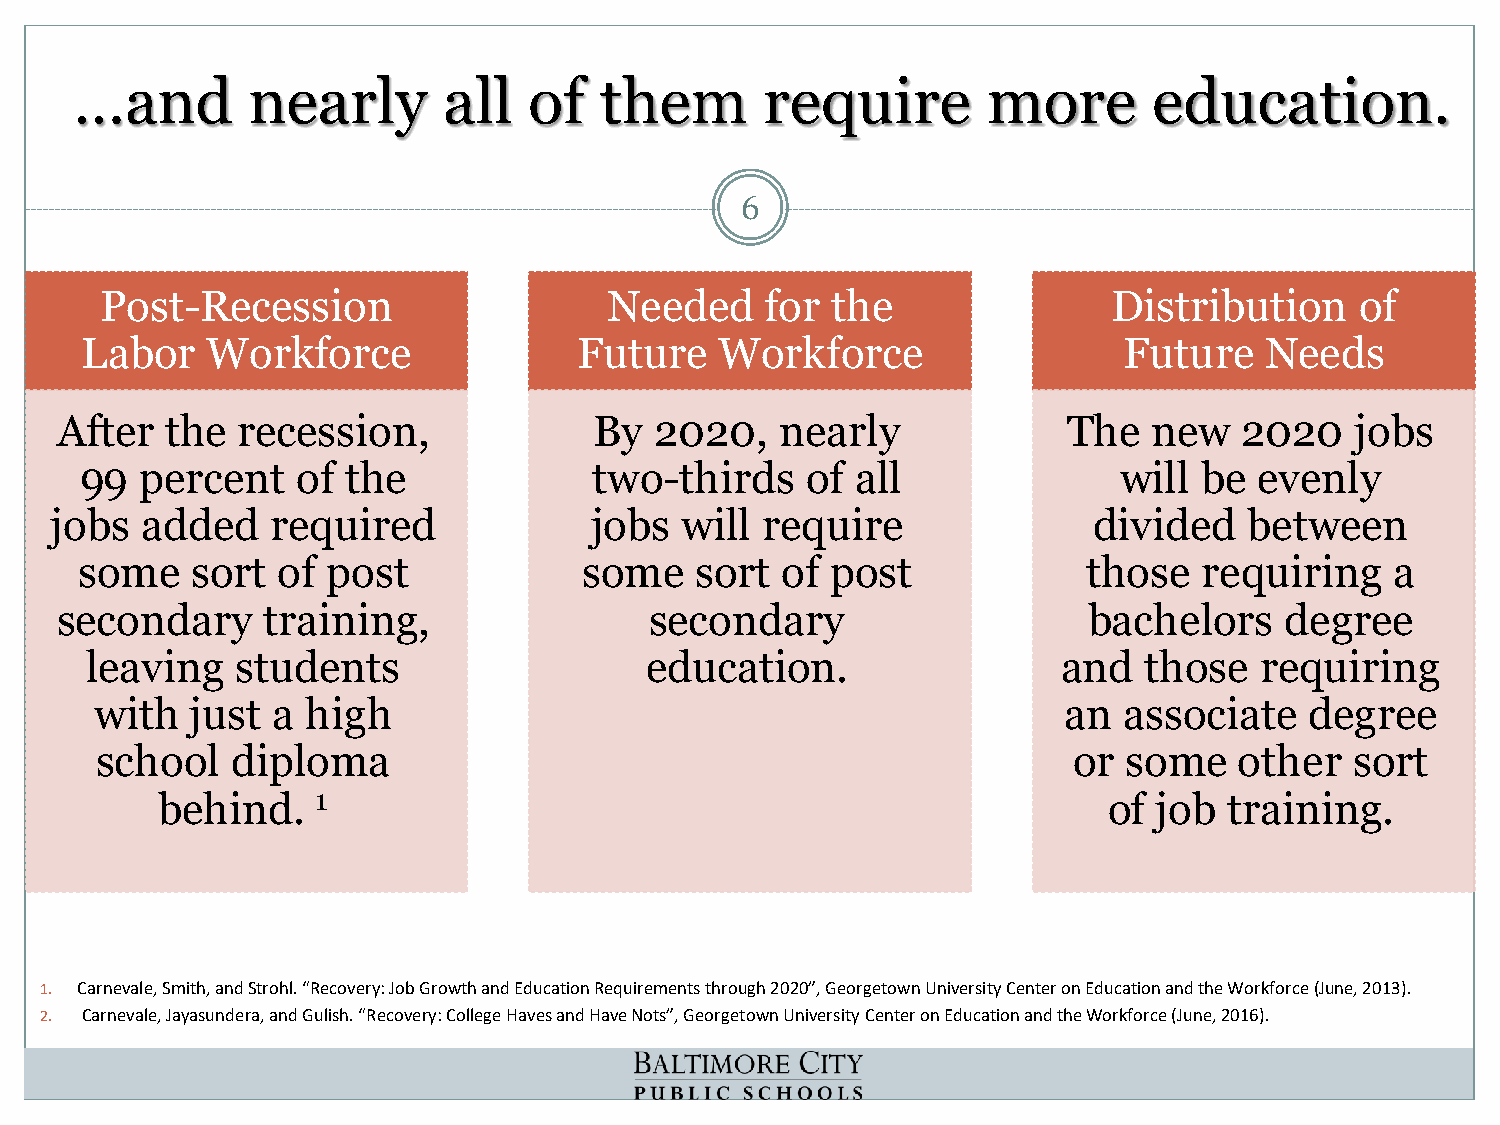
…and       nearly       all   of   them       require       more       education.
 6
 Post-Recession                   Needed     for the                Distribution    of
 Labor    Workforce               Future    Workforce                 Future    Needs
 After  the  recession,             By  2020,    nearly             The  new   2020    jobs
 99  percent    of the             two-thirds    of  all              will be  evenly
 jobs  added    required             jobs  will require               divided    between
 some    sort of  post             some   sort  of post             those   requiring   a
 secondary    training,                 secondary                    bachelors    degree
 leaving   students                   education.                 and   those  requiring
 with   just a high                                              an  associate    degree
 school   diploma                                                 or  some   other   sort
 behind.    1                                                   of  job training.
 1. Carnevale, Smith, and Strohl. “Recovery: Job Growth and Education Requirements through 2020”, Georgetown University Center on Education and the Workforce(June, 2013).
 2. Carnevale, Jayasundera, and Gulish. “Recovery: College Haves and Have Nots”, Georgetown University Center on Education and the Workforce (June, 2016).